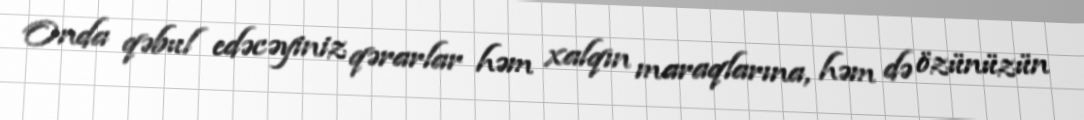
Onda qəbul edəcəyiniz qərarlar həm xalqın maraqlarına, həm də özünüzün